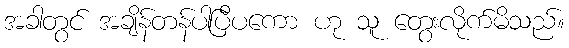
အခါတွင် အချိန်တန်ပါပြီပကော ဟု သူ တွေးလိုက်မိသည်။